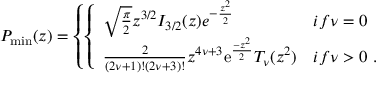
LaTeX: P _ { \mathrm { m i n } } ( z ) = \left\{ \left\{ \begin{array} { l l } { { \sqrt { \frac { \pi } { 2 } } z ^ { 3 / 2 } I _ { 3 / 2 } ( z ) e ^ { - { \frac { z ^ { 2 } } { 2 } } } } } & { { i f \nu = 0 } } \\ { { { \frac { 2 } { ( 2 \nu + 1 ) ! ( 2 \nu + 3 ) ! } } z ^ { 4 \nu + 3 } \mathrm { e } ^ { \frac { - z ^ { 2 } } { 2 } } T _ { \nu } ( z ^ { 2 } ) } } & { { i f \nu > 0 ~ . } } \end{array} \right. \right.